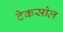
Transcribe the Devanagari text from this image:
टेकसोल